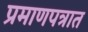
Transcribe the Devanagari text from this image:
प्रमाणपत्रात